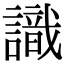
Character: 識